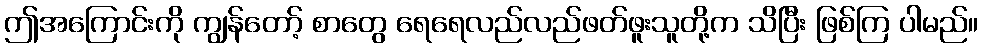
ဤအကြောင်းကို ကျွန်တော့် စာတွေ ရေရေလည်လည်ဖတ်ဖူးသူတို့က သိပြီး ဖြစ်ကြ ပါမည်။